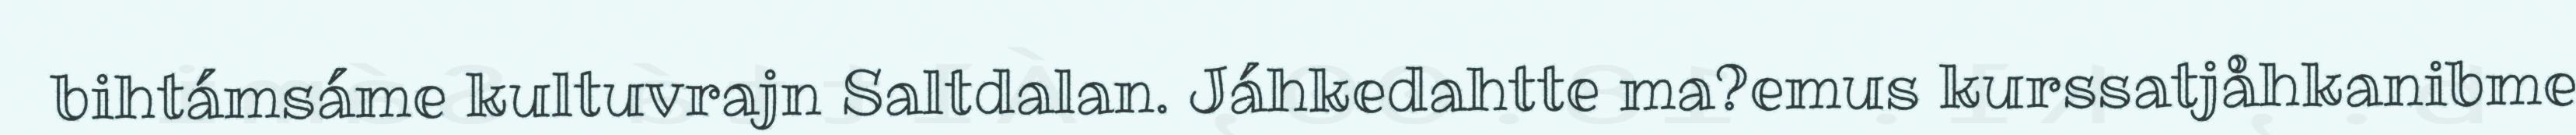
bihtámsáme kultuvrajn Saltdalan. Jáhkedahtte ma?emus kurssatjåhkanibme